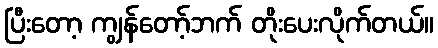
ပြီးတော့ ကျွန်တော့်ဘက် တိုးပေးလိုက်တယ်။